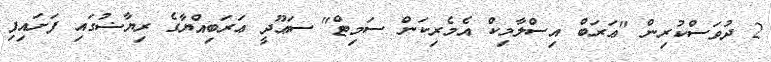
2 ދުވަަސްކުރިން "ޢަރަބް އިސްލާމިކް އެމެރިކަން ސަމިޓް" ސަޢޫދީ ޢަރަބިއްޔާގެ ރިޔާޟުގައި ފަށައިފި